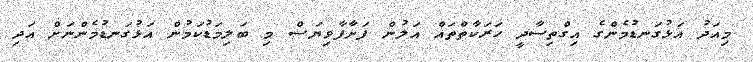
މިއަދު އަޅުގަނޑުމެންގެ އިގްތިސާދީ ހަރަކާތްތައް އަލުން ފަށާފާވިޔަސް މި ބަލިމަޑުކަމުން އަޅުގަނޑުމެންނަށް އަދި